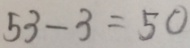
5 3 - 3 = 5 0